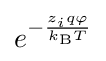
e^{-{\frac {z_{i}q\varphi }{k_{\text{B}}T}}}